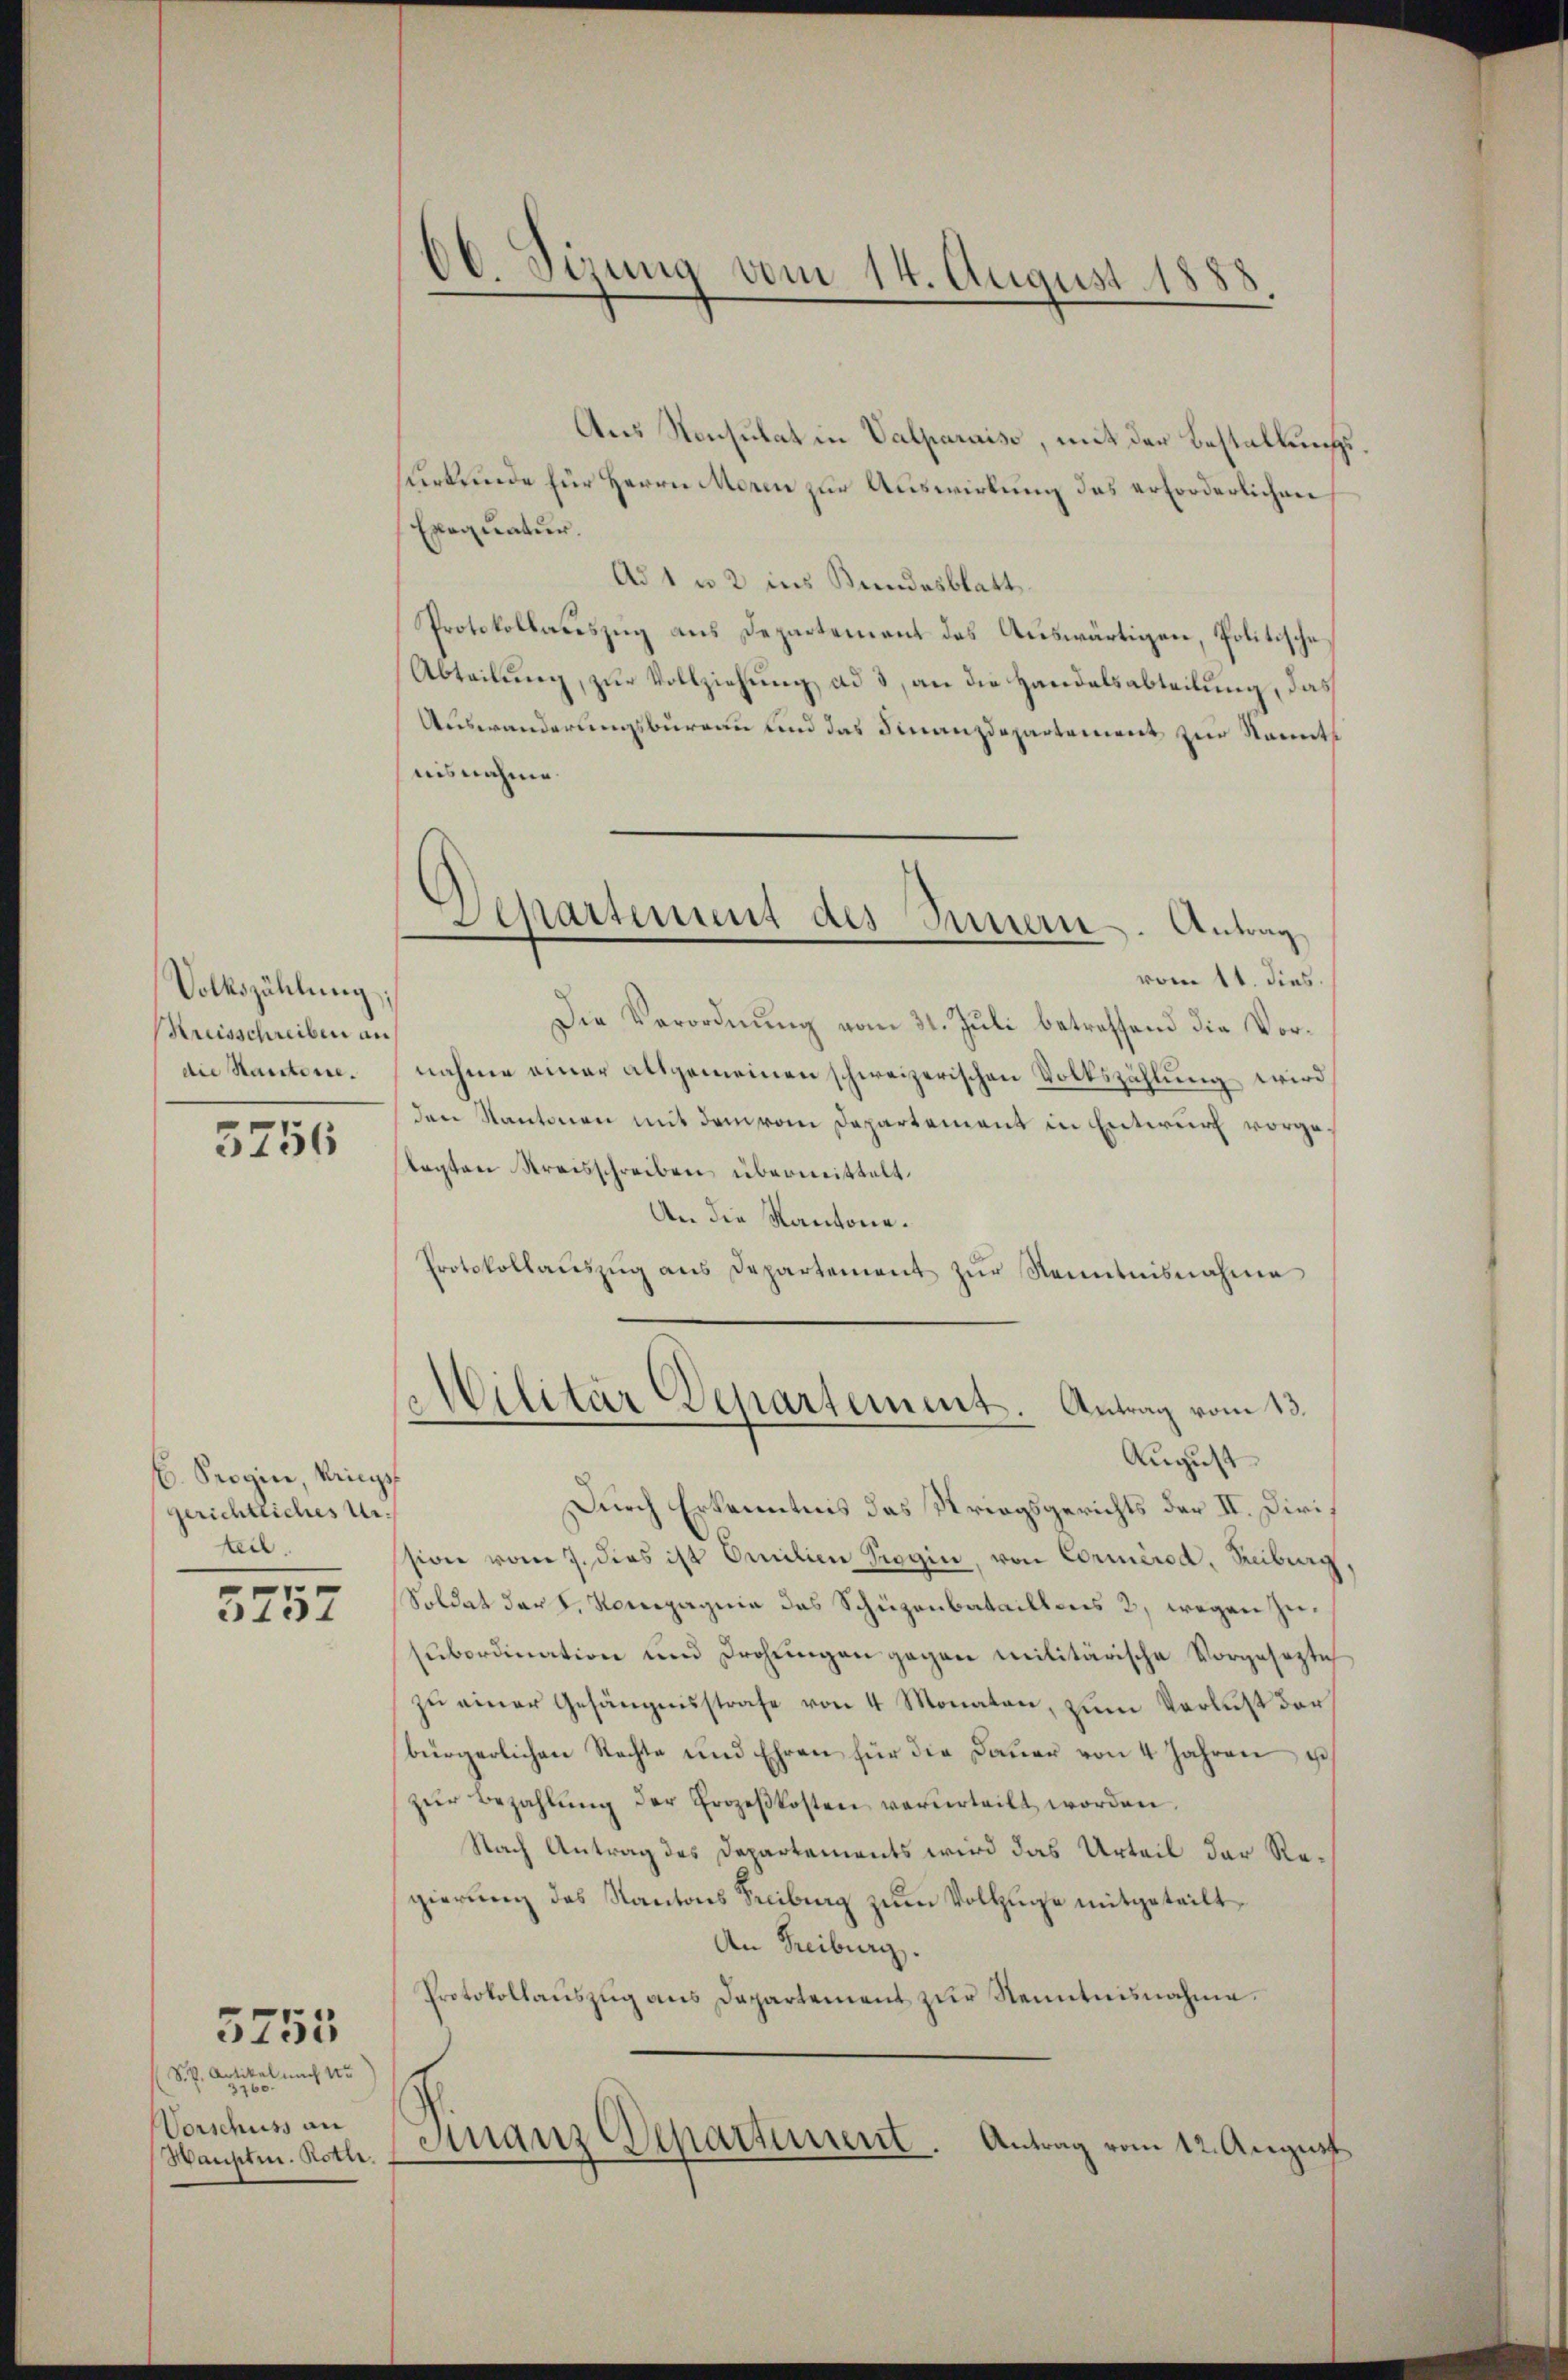
Volkszählung
Kreisschreiben an
die Stantone.
3756

C. Progie, Ring,
gerichtliches Urteil.

3757

S. G. Artikel nach 15
3760.
Vorschuss an
Hauptm. Roth.

3755

60. Sizung vom 14. August 1888

Aus Konsulat in Valparais, mit der Bestallung
surkunde für Herrn Moren zur Auswirkung des erforderlichen
Exequatur.
Ad 1 u 2 ins Bundesblatt
Protokollauszug aus Departement das Auswärtigen, Politische
Abteilung, zur Vollziehung ad 3, an die Handelsabteilung, das
Auswanderungsbureau und das Finanzdepartement zur Sanits
nisnahme.
vom 11. dies.
Die Verordnung vom 31. Juli betreffend die Vornahme einer altgemeinen schweizerischen Volkszählung wird
den Kantonen mit dem vom Departement in Entwurf vorgelagten Kreisschreiben überweittelt.
An die Kantone.
Protokollaŭszŭg ans Departement zŭr Kenntnisnahme
Militär Departement. Antrag vom 13.
August
Durch Erkenntnis das Kriegsgerichts der II. Diri
sion vom 7. dies ist Omilien Siegen, von Cormired, Reiburg
Soldat der S. Kompagnie das Schüzenbataillens 2, wegen Zusubordination und Drohungen gegen Militärische Vorgesezte
zŭ einer Gesängensstrafe von 4 Monaten, zum Verlust der
bürgerlichen Rechte und Ehren für die Dauer von 4 Jahren u
zŭr Bezahlŭng der Erozeβkosten verurteilt worden.
Nach Antrag des Departements wird das Urteil der Regierung des Kantons Freiburg zum Vollzuge mitgeteilt
An Freiburg.
Protokollaŭszŭg ans Departement zŭr Nenntnisnahme.
s
Finanz Departement. Antrag vom 12. August

Separtement des Innern. Antrag